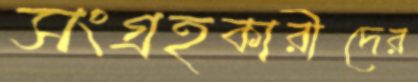
সংগ্রহকারীদের